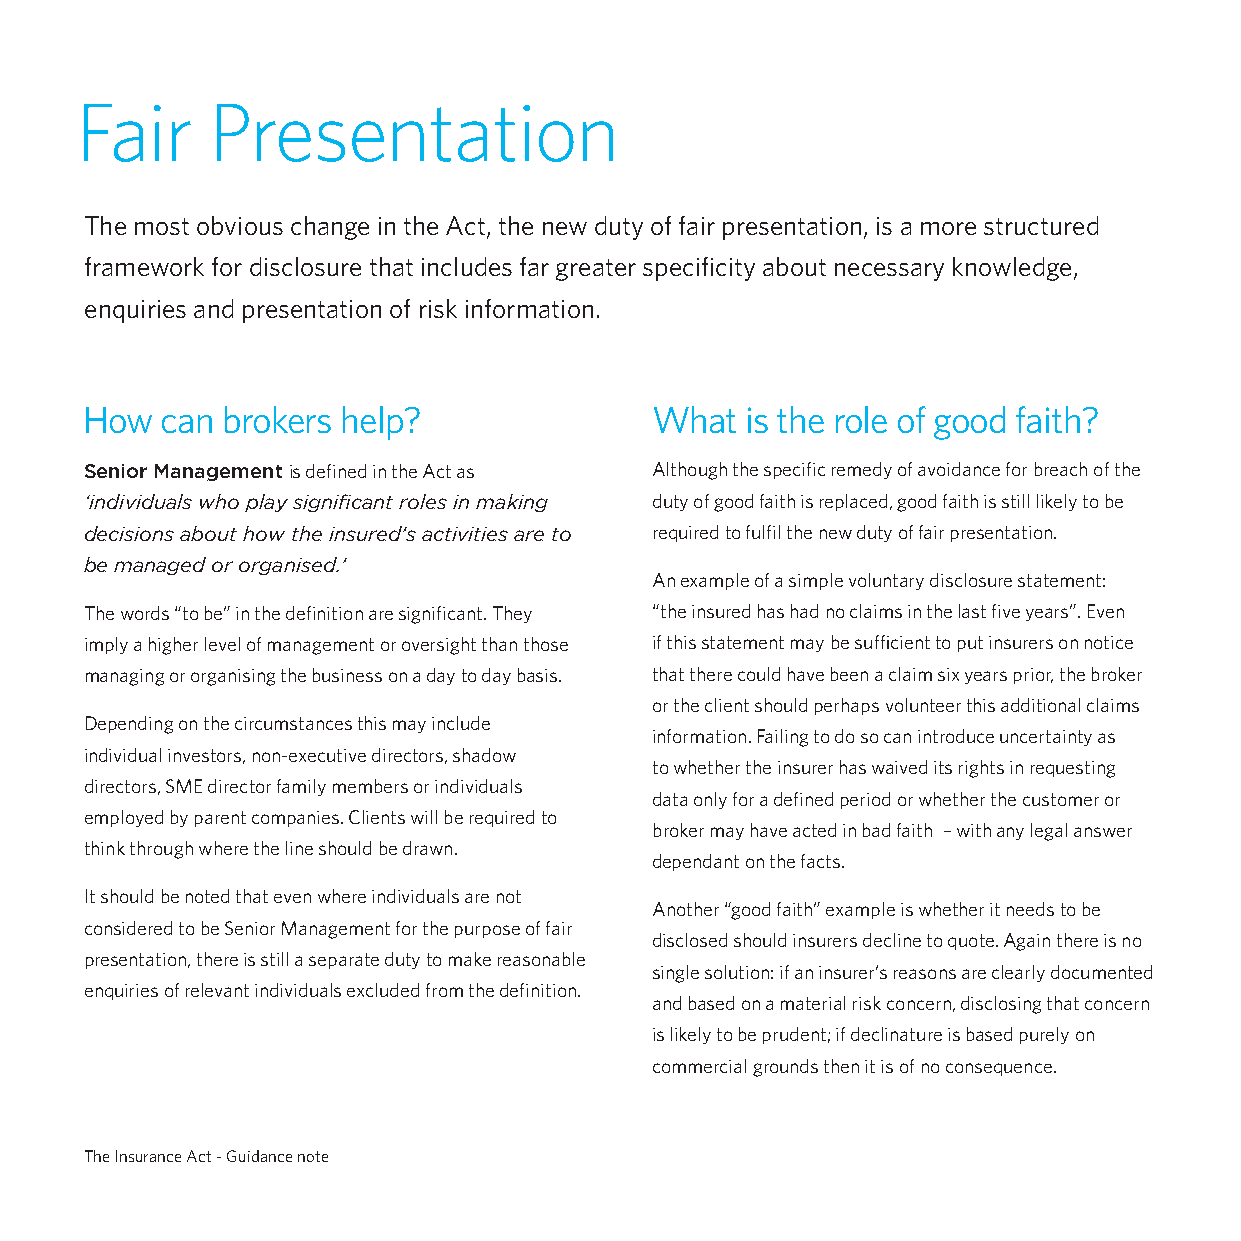
Fair     Presentation
 The most obvious change in the Act, the new duty of fair presentation, is a more structured
 framework for disclosure that includes far greater specificity about necessary knowledge,
 enquiries and presentation of risk information.
 How   can brokers help?               What  is the role of good faith?
 Senior Management is defined in the Act as Although the specific remedy of avoidance for breach of the
 ‘individuals who play significant roles in making duty of good faith is replaced, good faith is still likely to be
 decisions about how the insured’s activities are to required to fulfil the new duty of fair presentation.
 be managed or organised.’
 An example of a simple voluntary disclosure statement:
 The words “to be” in the definition are significant. They “the insured has had no claims in the last five years”. Even
 imply a higher level of management or oversight than those if this statement may be sufficient to put insurers on notice
 managing or organising the business on a day to day basis. that there could have been a claim six years prior, the broker
 or the client should perhaps volunteer this additional claims
 Depending on the circumstances this may include
 information. Failing to do so can introduce uncertainty as
 individual investors, non-executive directors, shadow
 to whether the insurer has waived its rights in requesting
 directors, SME director family members or individuals
 data only for a defined period or whether the customer or
 employed by parent companies. Clients will be required to
 broker may have acted in bad faith – with any legal answer
 think through where the line should be drawn.
 dependant on the facts.
 It should be noted that even where individuals are not
 Another “good faith” example is whether it needs to be
 considered to be Senior Management for the purpose of fair
 disclosed should insurers decline to quote. Again there is no
 presentation, there is still a separate duty to make reasonable
 single solution: if an insurer’s reasons are clearly documented
 enquiries of relevant individuals excluded from the definition.
 and based on a material risk concern, disclosing that concern
 is likely to be prudent; if declinature is based purely on
 commercial grounds then it is of no consequence.
 The Insurance Act - Guidance note